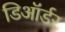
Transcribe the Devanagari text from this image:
डिऑर्डर